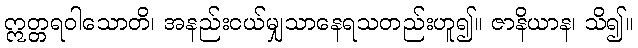
ဣတ္တရဝါသောတိ၊ အနည်းငယ်မျှသာနေရသတည်းဟူ၍။ ဇာနိယာန၊ သိ၍။